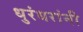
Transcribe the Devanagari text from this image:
धुरंधरांनी